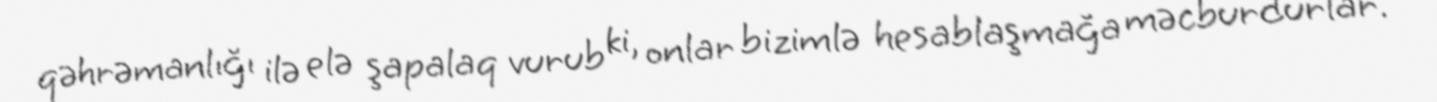
qəhrəmanlığı ilə elə şapalaq vurub ki, onlar bizimlə hesablaşmağa məcburdurlar.